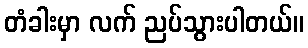
တံခါးမှာ လက် ညပ်သွားပါတယ်။